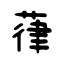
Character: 葎